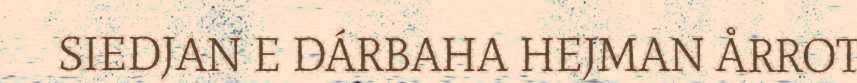
SIEDJAN E DÁRBAHA HEJMAN ÅRROT